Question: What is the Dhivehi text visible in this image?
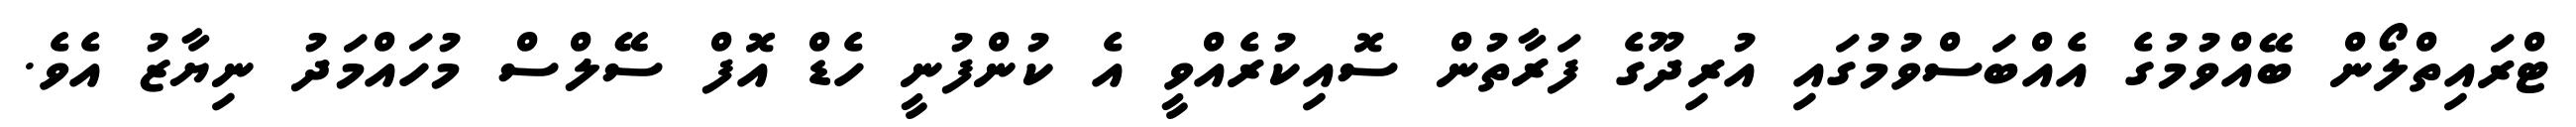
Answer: ޓްރައިތްލޯން ބޭއްވުމުގެ އެއްބަސްވުމުގައި އުރިދޫގެ ފަރާތުން ސޮއިކުރެއްވީ އެ ކުންފުނީ ހެޑް އޮފް ސޭލްސް މުހައްމަދު ނިޔާޒު އެވެ.